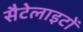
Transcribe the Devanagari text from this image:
सैटेलाइटों